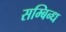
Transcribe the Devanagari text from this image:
सम्बिन्ध